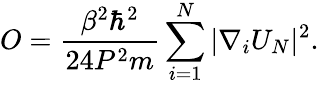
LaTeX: O=\frac{\beta^{2}\hbar^{2}}{24P^{2}m}\sum_{i=1}^{N}|\nabla_{i}U_{N}|^{2}.